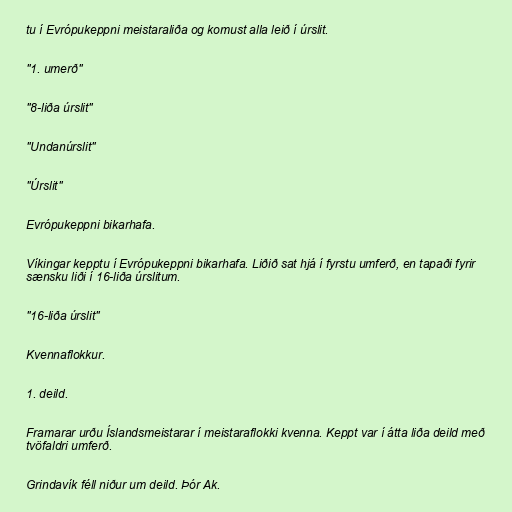
tu í Evrópukeppni meistaraliða og komust alla leið í úrslit.

"1. umerð"

"8-liða úrslit"

"Undanúrslit"

"Úrslit"

Evrópukeppni bikarhafa.

Víkingar kepptu í Evrópukeppni bikarhafa. Liðið sat hjá í fyrstu umferð, en tapaði fyrir
sænsku liði í 16-liða úrslitum.

"16-liða úrslit"

Kvennaflokkur.

1. deild.

Framarar urðu Íslandsmeistarar í meistaraflokki kvenna. Keppt var í átta liða deild með
tvöfaldri umferð.

Grindavík féll niður um deild. Þór Ak.